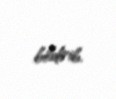
bildirib.